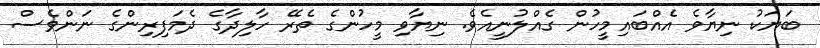
ބަޔަކު ނިޔާވެ އެއްބައިމީހުން ގެއްލުނީއެވެ. ނިޔާވި މީހުންގެ ތެރޭ ހާލިދާގެ ދެމަފިރިންގެ ނަންވެސް